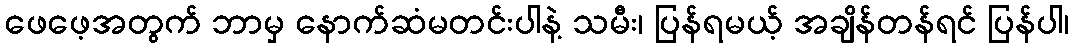
ဖေဖေ့အတွက် ဘာမှ နောက်ဆံမတင်းပါနဲ့ သမီး၊ ပြန်ရမယ့် အချိန်တန်ရင် ပြန်ပါ၊